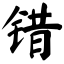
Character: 错